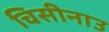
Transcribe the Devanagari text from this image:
चिसीनाउ